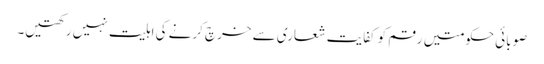
صوبائی حکومتیں رقم کو کفایت شعاری سے خرچ کرنے کی اہلیت نہیں رکھتیں۔